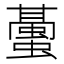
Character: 𧒤